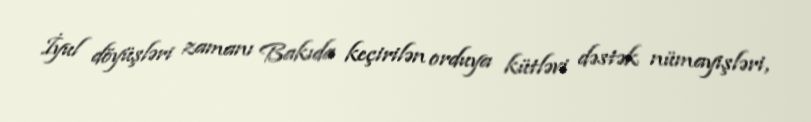
İyul döyüşləri zamanı Bakıda keçirilən orduya kütləvi dəstək nümayişləri,